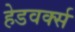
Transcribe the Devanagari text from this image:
हेडवर्क्स